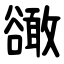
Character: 豃